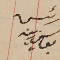
رئيس يوسف زينه